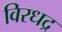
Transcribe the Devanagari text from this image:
विरधद्र